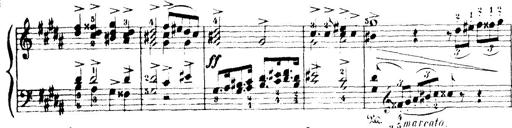
Title: Wagner-Liszt Album
Composer: Franz Liszt